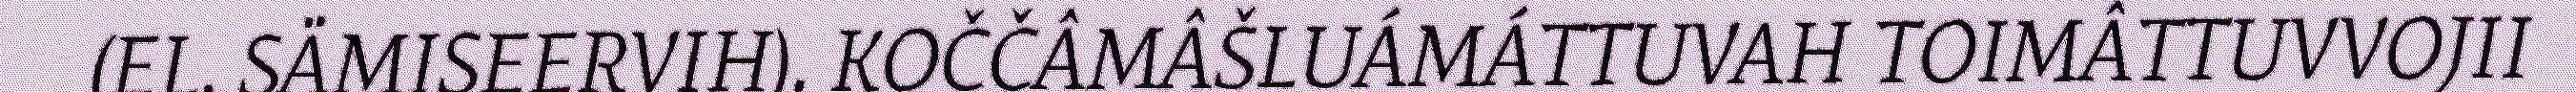
(EL. SÄMISEERVIH). KOČČÂMÂŠLUÁMÁTTUVAH TOIMÂTTUVVOJII